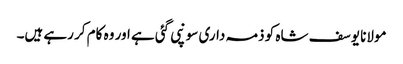
مولانا یوسف شاہ کو ذمہ داری سونپی گئی ہے اور وہ کام کر رہے ہیں۔